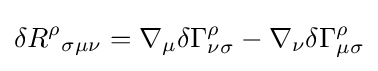
\delta {R^{\rho }}_{\sigma \mu \nu }=\nabla _{\mu }\delta \Gamma _{\nu \sigma }^{\rho }-\nabla _{\nu }\delta \Gamma _{\mu \sigma }^{\rho }